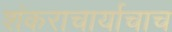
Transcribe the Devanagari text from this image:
शंकराचार्याचाच